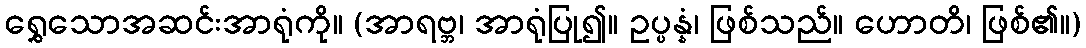
ရွှေသောအဆင်းအာရုံကို။ (အာရဗ္ဘ၊ အာရုံပြု၍။ ဥပ္ပန္နံ၊ ဖြစ်သည်။ ဟောတိ၊ ဖြစ်၏။)